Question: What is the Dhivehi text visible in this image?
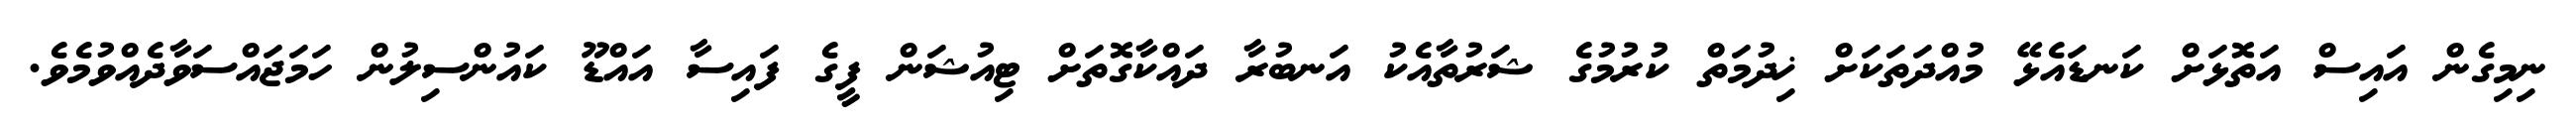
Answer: ނިމިގެން އައިސް އަތޮޅަށް ކަނޑައެޅޭ މުއްދަތަކަށް ޚިދުމަތް ކުރުމުގެ ޝަރުތާއެކު އަނބުރާ ދައްކާގޮތަށް ޓިއުޝަން ފީގެ ފައިސާ އައްޑޫ ކައުންސިލުން ހަމަޖައްސަވާދެއްވުމެވެ.